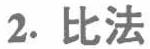
2. 比法